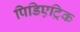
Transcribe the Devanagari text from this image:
पिडिएट्रिक